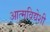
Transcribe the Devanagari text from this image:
आत्मविद्येशी